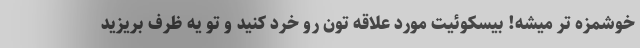
خوشمزه تر میشه! بیسکوئیت مورد علاقه تون رو خرد کنید و تو یه ظرف بریزید